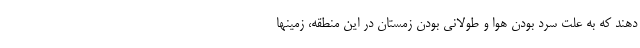
دهند که به علت سرد بودن هوا و طولانی بودن زمستان در این منطقه، زمینها